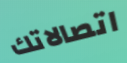
اتصالاتك